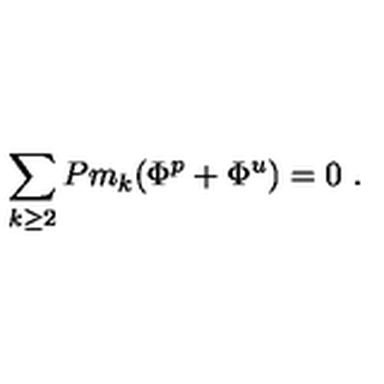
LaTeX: \sum _ { k \ge 2 } P m _ { k } ( \Phi ^ { p } + \Phi ^ { u } ) = 0 \ .